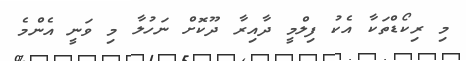
މި ރިކޯޑްތަކާ އެކު ފިލްމީ ދާއިރާ ދޫކޮށް ނަހުލާ މި ވަނީ އެންމެ